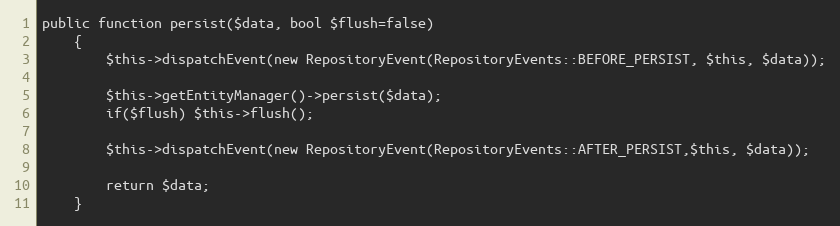
Language: PHP
public function persist($data, bool $flush=false)
    {
        $this->dispatchEvent(new RepositoryEvent(RepositoryEvents::BEFORE_PERSIST, $this, $data));

        $this->getEntityManager()->persist($data);
        if($flush) $this->flush();

        $this->dispatchEvent(new RepositoryEvent(RepositoryEvents::AFTER_PERSIST,$this, $data));

        return $data;
    }